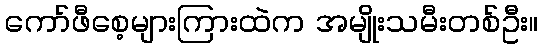
ကော်ဖီစေ့များကြားထဲက အမျိုးသမီးတစ်ဦး။